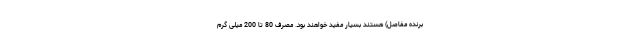
برنده مفاصل) هستند بسیار مفید خواهند بود. مصرف 80 تا 200 میلی گرم